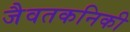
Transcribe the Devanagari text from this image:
जैवतकनिकी